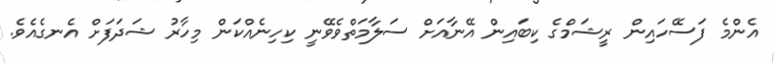
އެންމެ ފަސޭހައިން ރީޝަމްގެ ކިބައިން އޭނާއަށް ސަލާމަތްވެވޭނީ ކިހިނެއްކަން މިހާރު ޝަދަފަށް އެނގެއެވެ.